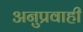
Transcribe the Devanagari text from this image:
अनुप्रवाही